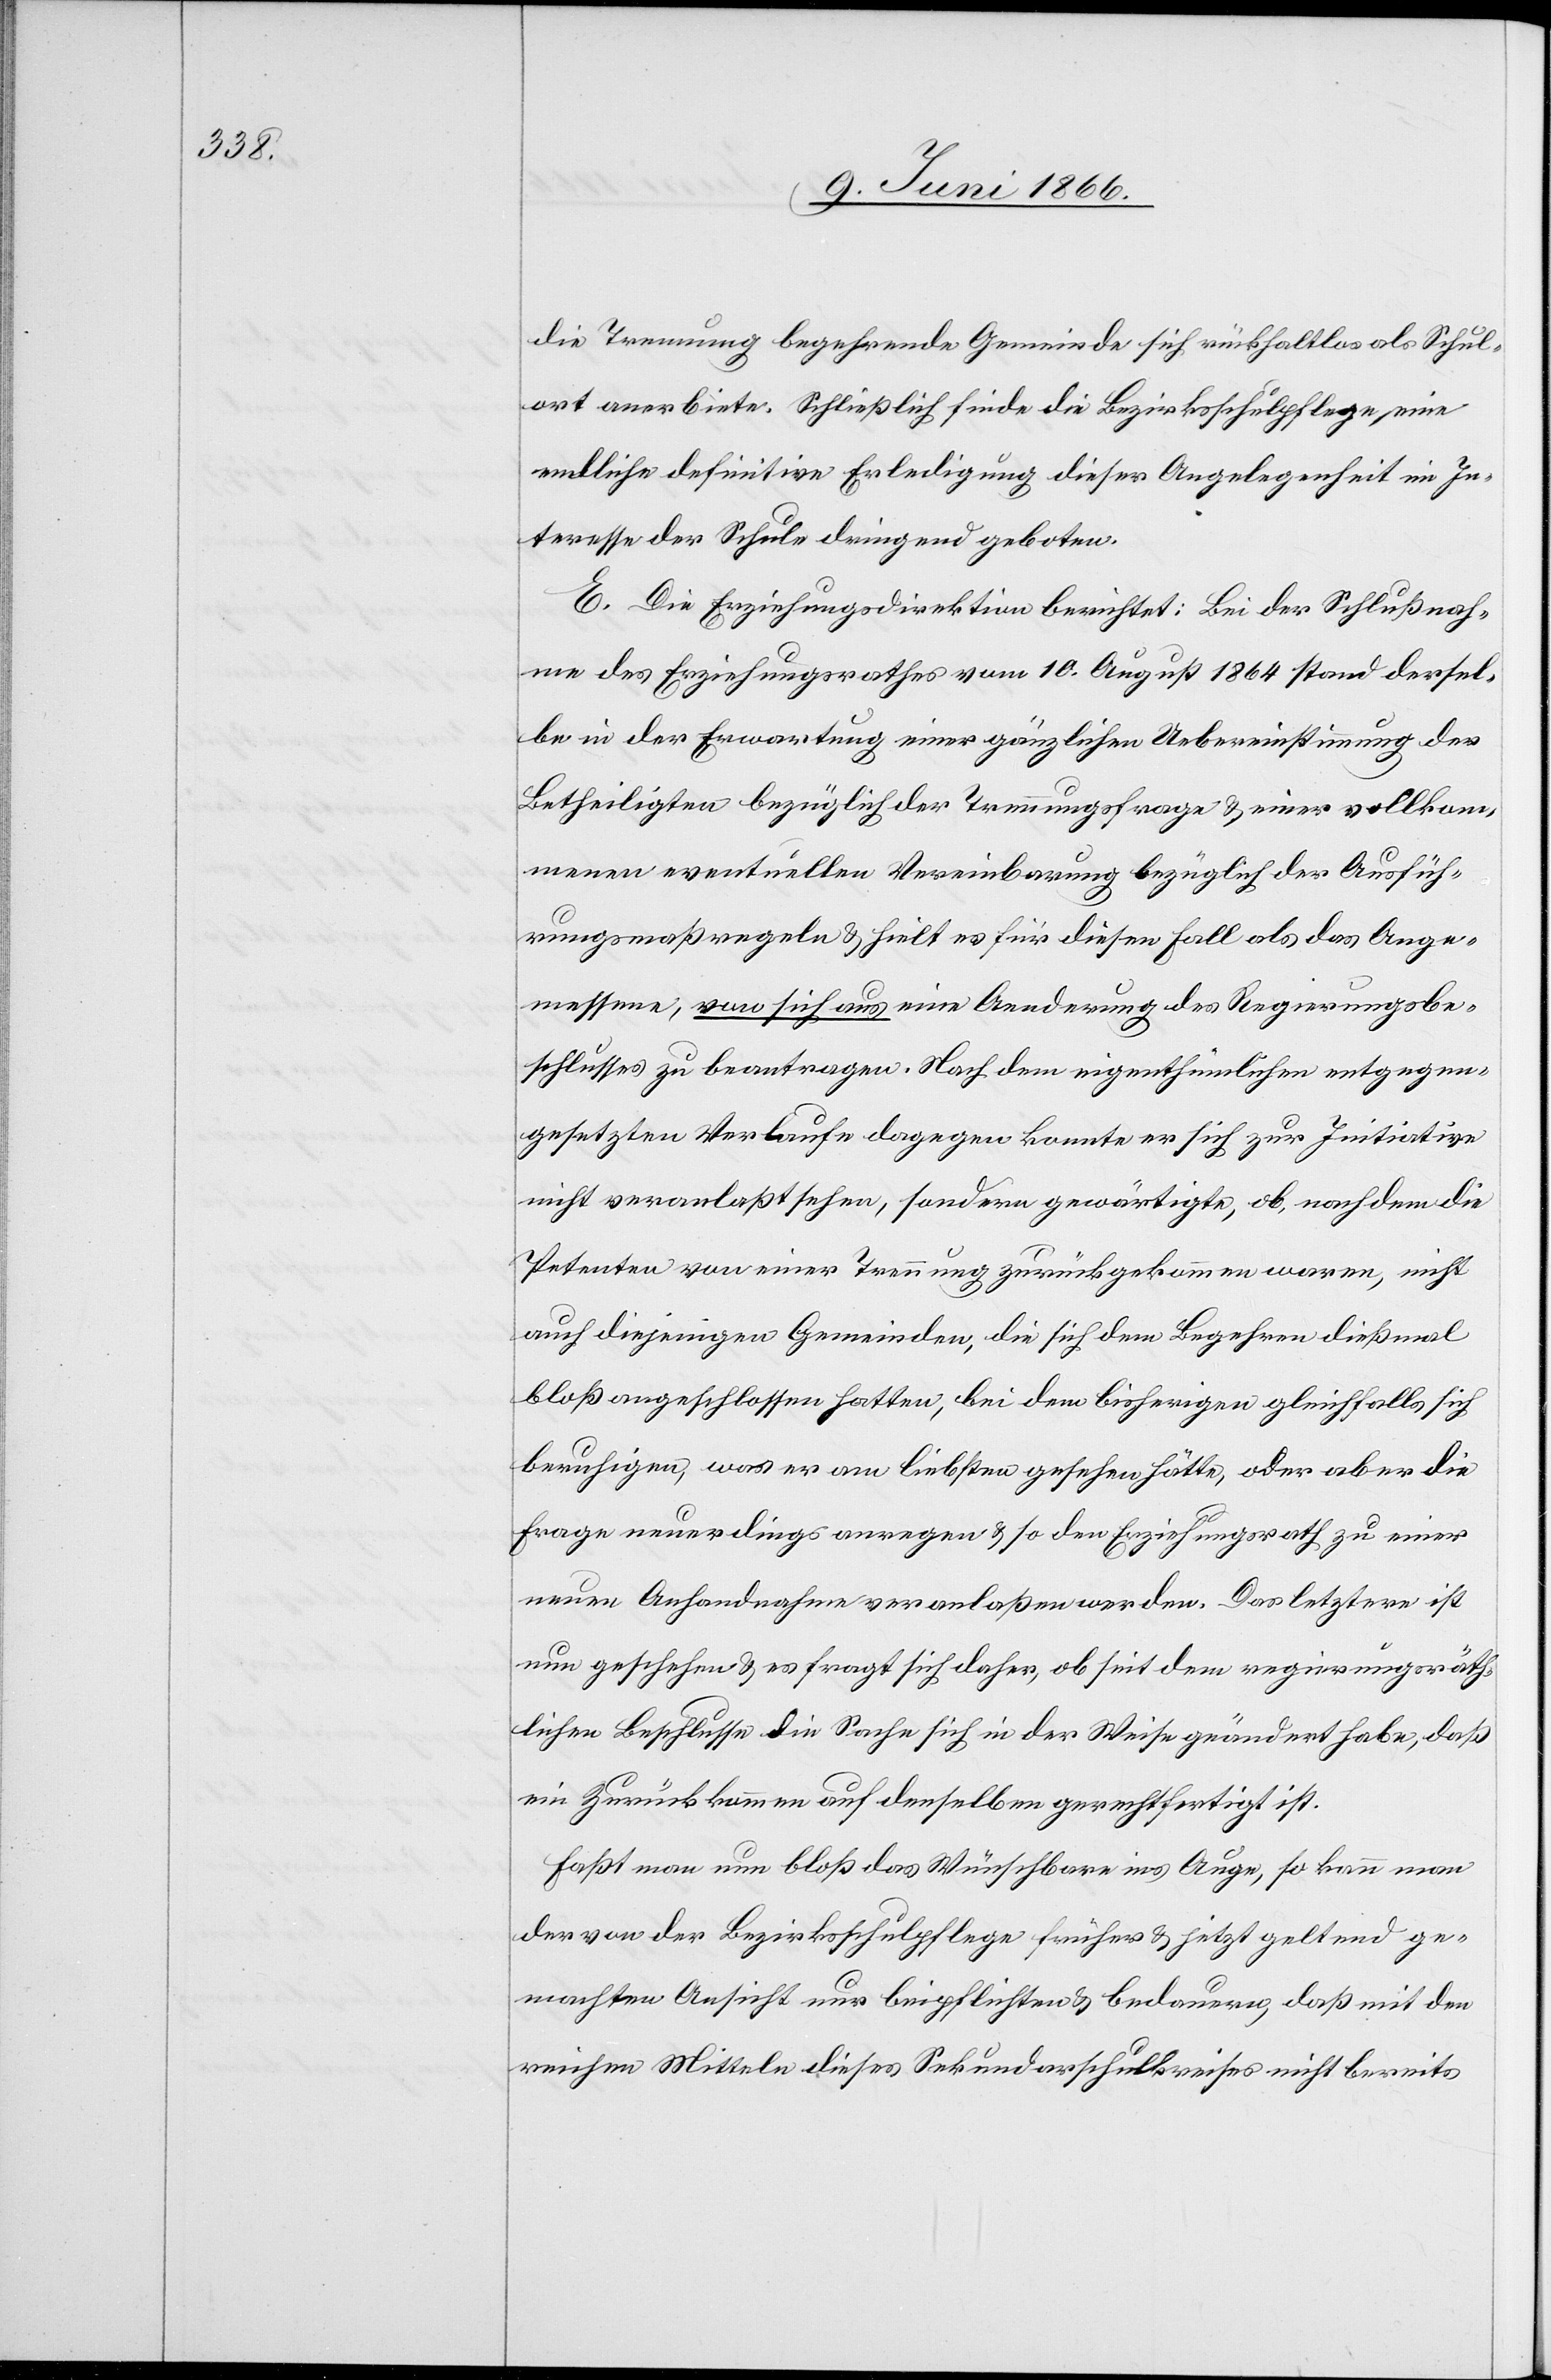
die Trennung begehrende Gemeinde sich rückhaltlos als Schul¬
ort anerbiete. Schließlich finde die Bezirksschulpflege, eine
endliche definitive Erledigung dieser Angelegenheit im In¬
teresse der Schule dringend geboten.
E. Die Erziehungsdirektion berichtet: Bei der Schlußnah¬
me des Erziehungsrathes vom 10. August 1864 stand dersel¬
be in der Erwartung einer gänzlichen Uebereinstimmung der
Betheiligten bezüglich der Trennungsfrage u. einer vollkom¬
menen eventuellen Vereinbarung bezüglich der Ausfüh¬
rungsmaßregeln u. hielt es für diesen Fall als das Ange¬
messene, von sich aus eine Aenderung des Regierungsbe¬
schlusses zu beantragen. Nach dem eigenthümlichen entgegen¬
gesetzten Verlaufe dagegen konnte er sich zur Initiative
nicht veranlaßt sehen, sondern gewärtigte, ob nach dem die
Petenten von einer Trennung zurückgekommen waren, nicht
auch diejenigen Gemeinden, die sich dem Begehren dießmal
bloß angeschlossen hatten, bei dem bisherigen gleichfalls sich
beruhigen, was er am liebsten gesehen hätte, oder aber die
Frage neuerdings anregen u. so den Erziehungsrath zu einer
neuen Anhandnahme veranlaßen werden. Das letztere ist
nun geschehen u. es fragt sich daher, ob seit dem regierungsräth¬
lichen Beschlusse die Sache sich in der Weise geändert habe, daß
ein Zurückkommen auf denselben gerechtfertigt ist.
Faßt man nun bloß das Wünschbare ins Auge, so kann man
der von der Bezirksschulpflege früher u. jetzt geltend ge¬
machten Ansicht nur beipflichten u. bedauern, daß mit den
reichen Mitteln dieses Sekundarschulkreises nicht bereits